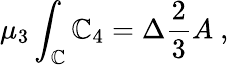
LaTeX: \mu_{3}\int_{\mathbb{C}}\mathbb{C}_{4}=\Delta\frac{{2}}{{3}}A\ ,